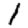
Digit: 1